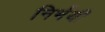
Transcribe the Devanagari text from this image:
निर्भयी